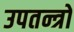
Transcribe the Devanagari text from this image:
उपतन्त्रों